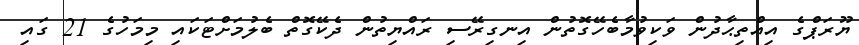
ޔޫރަޕްގެ އިއްތިޙާދުން ވަކިވުމާބެހޭގޮތުން އިނގިރޭސި ރައްޔިތުން ދެކޭގޮތް ބެލުމަށްޓަކައި މިމަހުގެ 21 ގައި